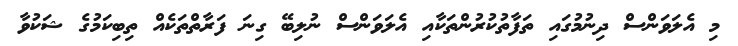
މި އެލަވަންސް ދިނުމުގައި ތަފާތުކުރުންތަކާއި އެލަވަންސް ނުލިބޭ ގިނަ ފަރާތްތަކެއް ތިބިކަމުގެ ޝަކުވާ